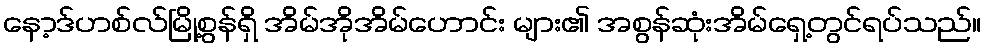
နော့ဒ်ဟစ်လ်မြို့စွန်ရှိ အိမ်အိုအိမ်ဟောင်း များ၏ အစွန်ဆုံးအိမ်ရှေ့တွင်ရပ်သည်။